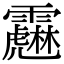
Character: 𩆱